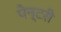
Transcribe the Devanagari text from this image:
पेन्टरी